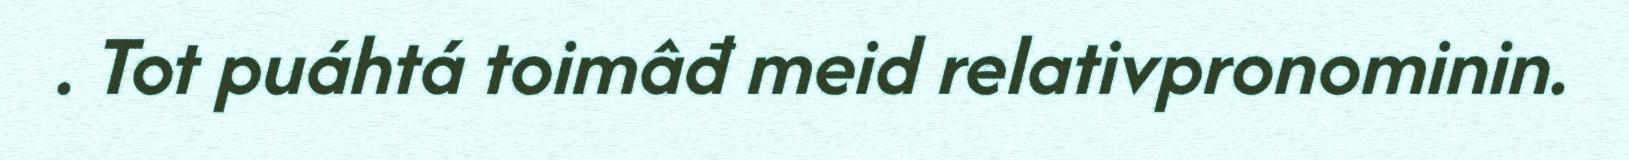
. Tot puáhtá toimâđ meid relativpronominin.